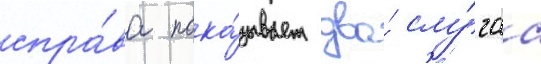
спра́ва пока́зывает два́ слу́чаа